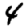
Digit: 4